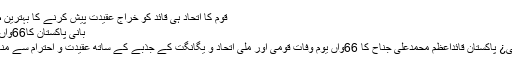
قوم کا اتحاد ہی قائد کو خراج عقیدت پیش کرنے کا بہترین طریقہ ہے
بانی پاکستان کا66واں یوم وفات
قوم آج بانی¿ پاکستان قائداعظم محمدعلی جناح کا 66واں یوم وفات قومی اور ملی اتحاد و یگانگت کے جذبے کے ساتھ عقیدت و احترام سے منا رہی ہے۔